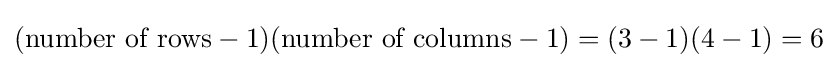
({\text{number of rows}}-1)({\text{number of columns}}-1)=(3-1)(4-1)=6